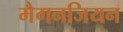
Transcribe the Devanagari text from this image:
मैगनजियन